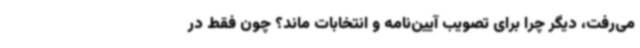
می‌رفت، دیگر چرا برای تصویب آیین‌نامه و انتخابات ماند؟ چون فقط در